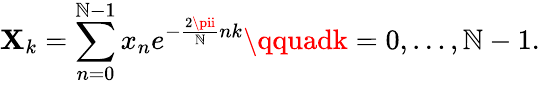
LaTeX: \mathbf{X}_{k}=\sum_{n=0}^{\mathbb{N}-1}x_{n}e^{-{\frac{{2\pii}}{{\mathbb{N}}}}nk}\qquadk=0,\dots,\mathbb{N}-1.